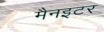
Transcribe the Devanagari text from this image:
मैनइटर